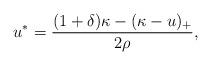
LaTeX: \begin{align*}u^*=\frac {(1+\delta)\kappa-(\kappa-u)_+}{2\rho},\end{align*}